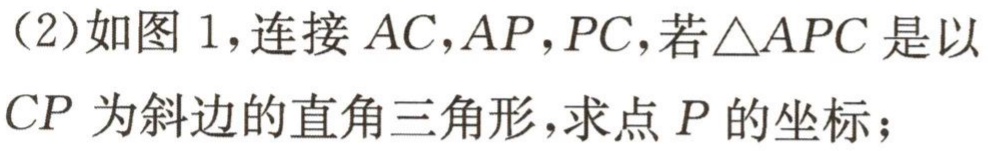
（2）如图 1，连接 \(AC,AP,PC\)，若\(\triangle APC\)是以 \(CP\) 为斜边的直角三角形，求点 \(P\) 的坐标；